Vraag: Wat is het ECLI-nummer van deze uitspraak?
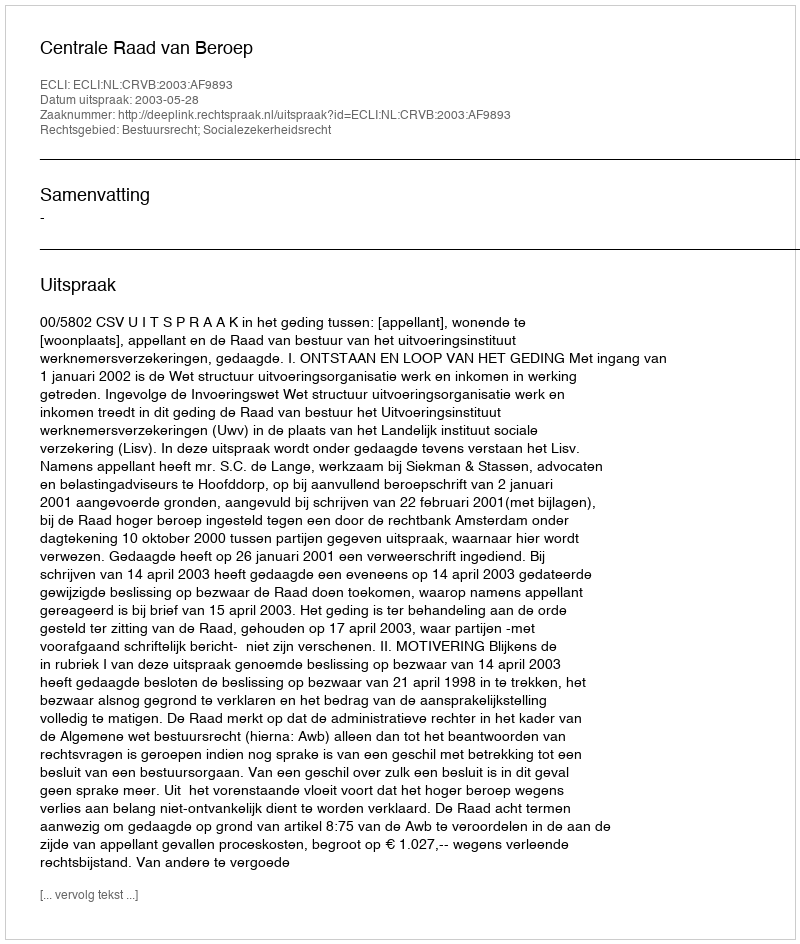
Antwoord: ECLI:NL:CRVB:2003:AF9893